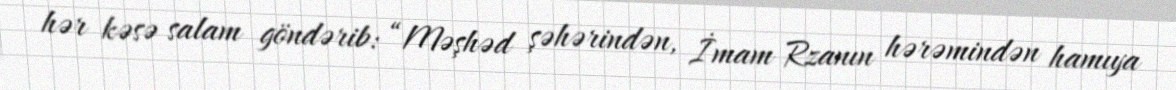
hər kəsə salam göndərib: “Məşhəd şəhərindən, İmam Rzanın hərəmindən hamıya